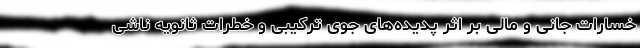
خسارات جانی و مالی بر اثر پدیده‌های جوی ترکیبی و خطرات ثانویه ناشی